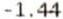
-1.44